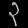
Digit: ၃